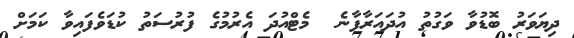
ދިޔަވަރު ބޮޑުވާ ވަގުތު އުދައަރާފާނެ  މެޓްއުދަ އެރުމުގެ ފުރުސަތު ކުޑަވެފައިވާ ކަމަށް